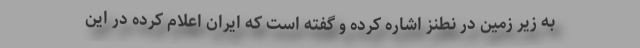
به زیر زمین در نطنز اشاره کرده و گفته است که ایران اعلام کرده در این